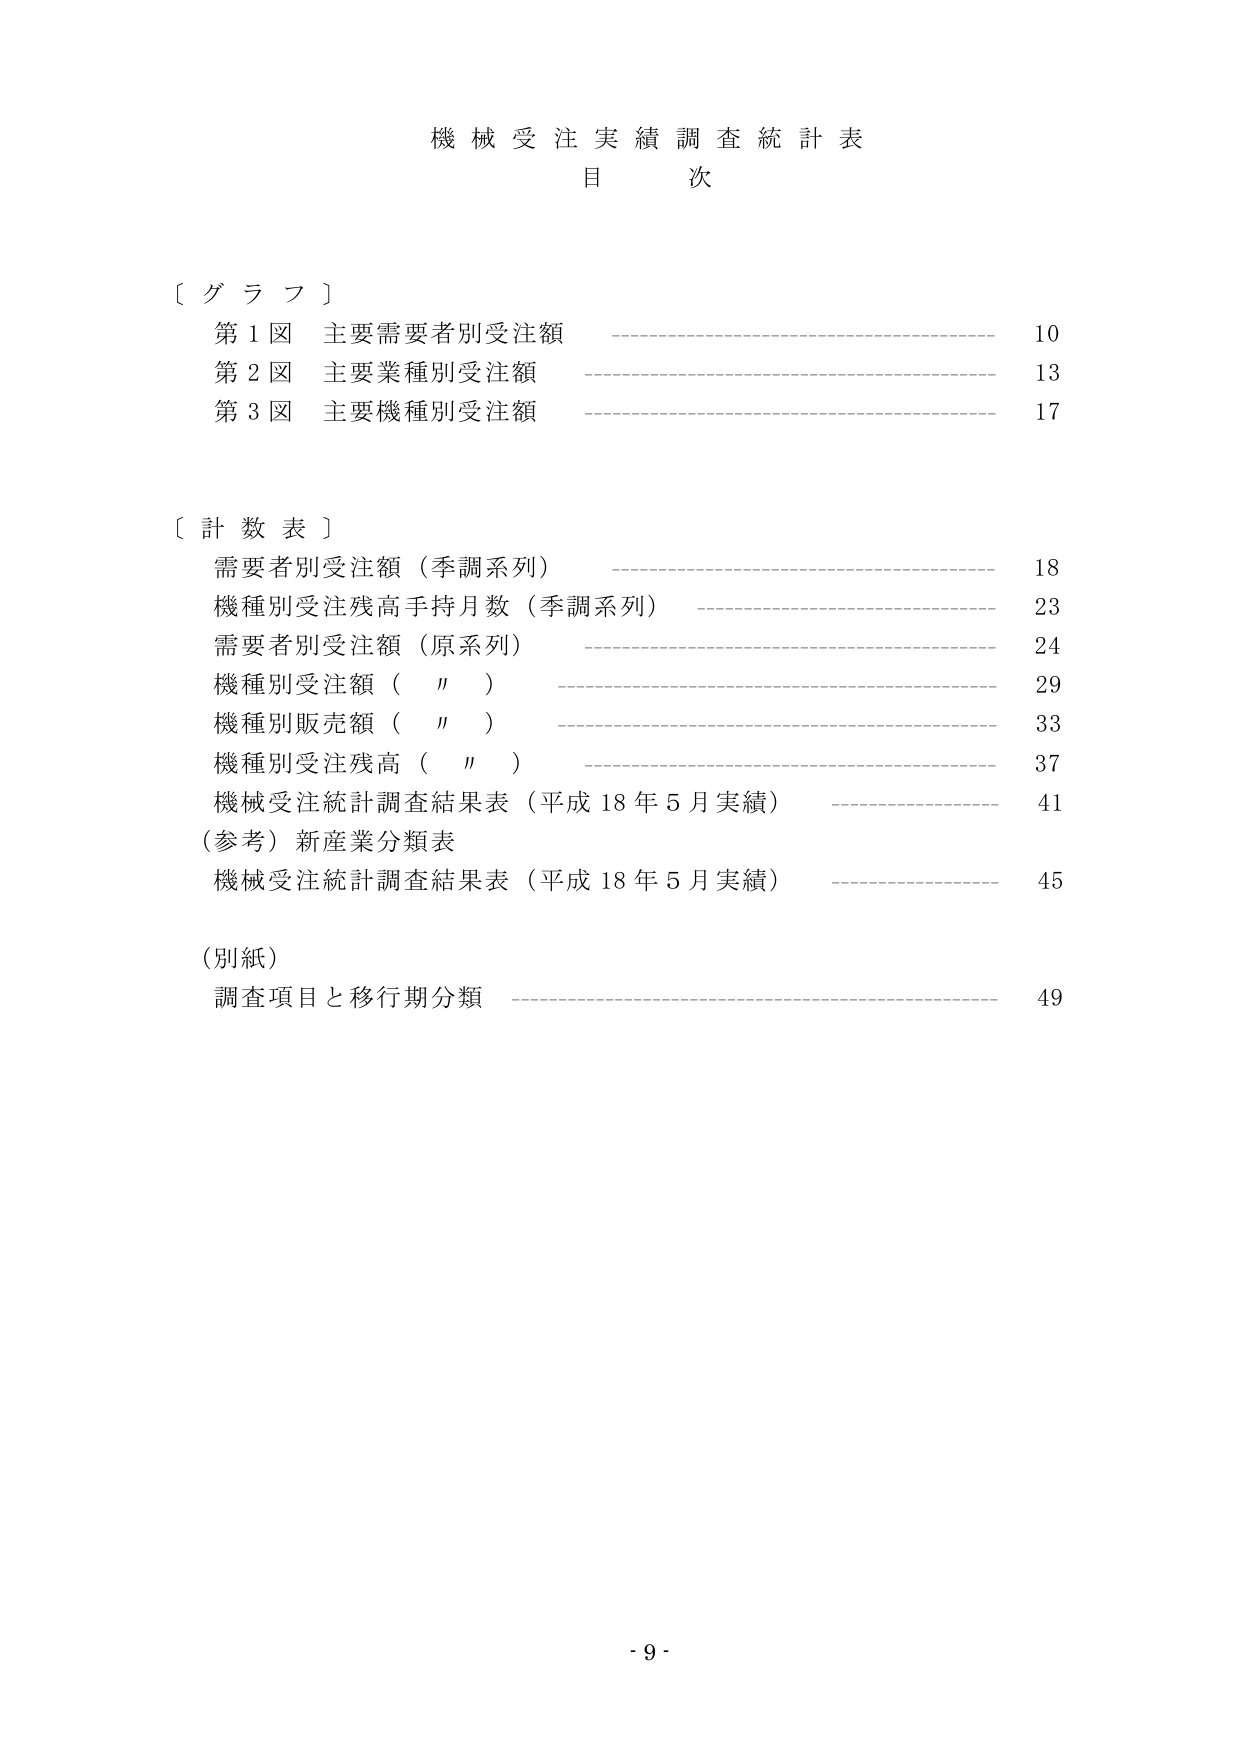
機械受注実績調査統計表
目 次

〔グラフ〕
第1図 主要需要者別受注額 10
第2図 主要業種別受注額 13
第3図 主要機種別受注額 17

〔計数表〕
需要者別受注額（季調系列） 18
機種別受注残高手持月数（季調系列） 23
需要者別受注額（原系列） 24
機種別受注額（〃） 29
機種別販売額（〃） 33
機種別受注残高（〃） 37
機械受注統計調査結果表（平成18年5月実績） 41
（参考）新産業分類表
機械受注統計調査結果表（平成18年5月実績） 45

（別紙）
調査項目と移行期分類 49

- 9 -